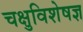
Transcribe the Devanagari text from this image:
चक्षुविशेषज्ञ